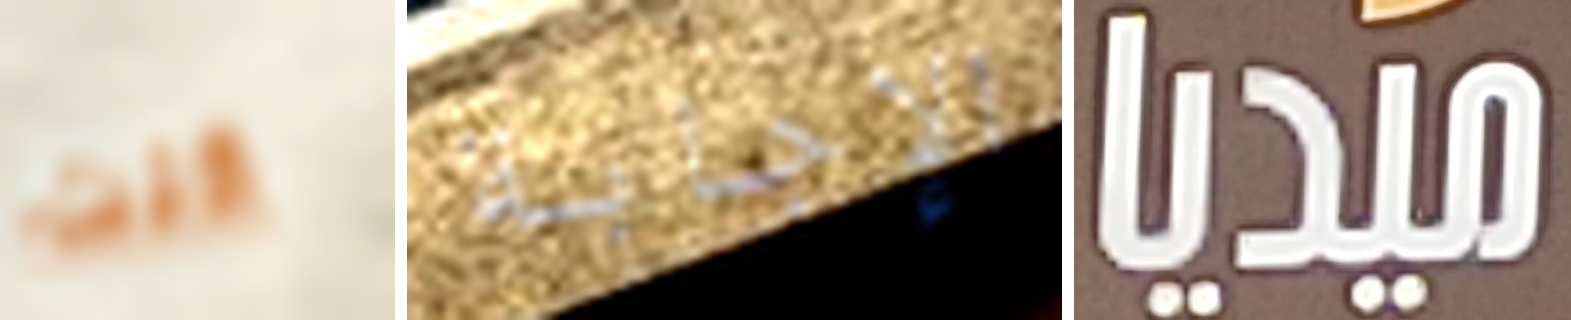
كنت الإجابة ميديا